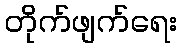
တိုက်ဖျက်ရေး